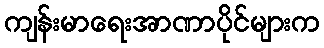
ကျန်းမာရေးအာဏာပိုင်များက